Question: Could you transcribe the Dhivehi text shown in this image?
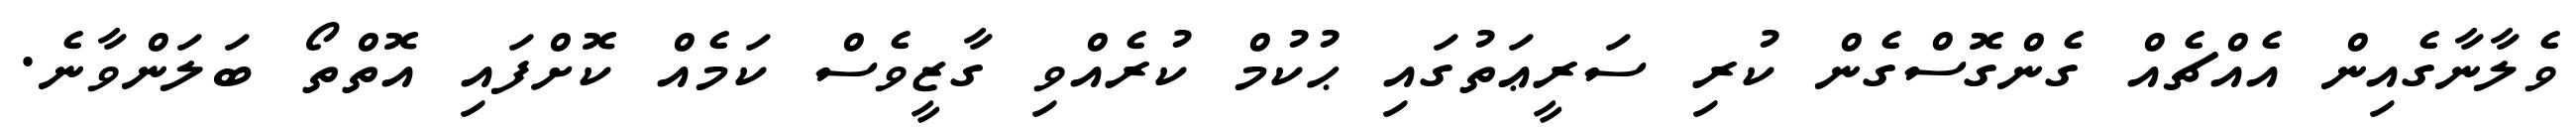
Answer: ވެލާނާގެއިން އެއްޗެއް ގެންގޮސްގެން ކުރި ސަރީޢަތުގައި ޙުކުމް ކުރެއްވި ގާޒީވެސް ކަމެއް ކޮށްފައި އޮތްތޯ ބަލަންވާނެ.